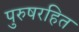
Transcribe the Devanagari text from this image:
पुरुषरहित